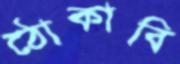
ঠোকাবি